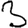
Digit: 3